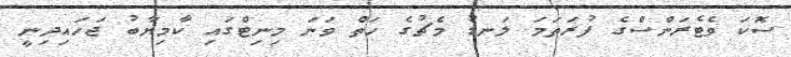
ސޮކަ ވެޓެރަންސްގެ ފުރަތަމަ ލަނޑު މެޗުގެ ހަތް ވަނަ މިނިޓްގައި ކާމިޔާބު ޖަހައިދިނީ